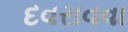
દવરાવવા